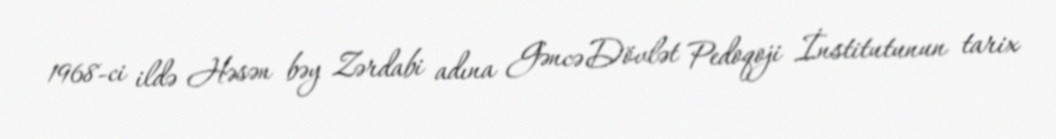
1968-ci ildə Həsən bəy Zərdabi adına Gəncə Dövlət Pedoqoji İnstitutunun tarix